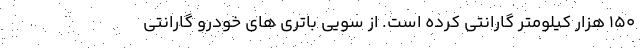
۱۵۰ هزار کیلومتر گارانتی کرده است. از سویی باتری های خودرو گارانتی